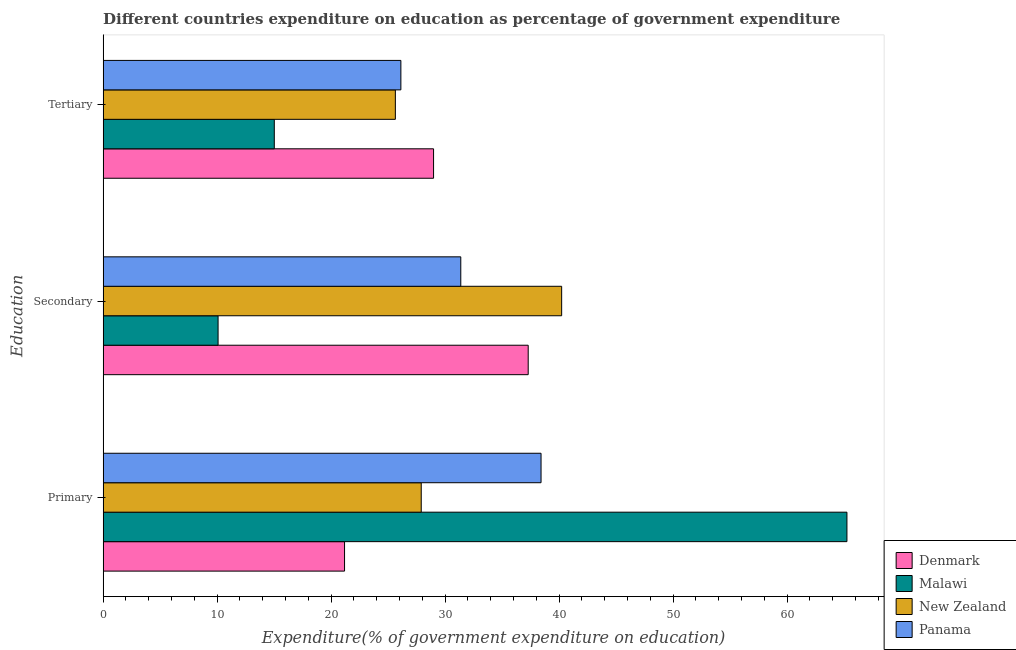
| Education | Denmark | Malawi | New Zealand | Panama |
 | --- | --- | --- | --- | --- |
 | Primary | 21.2 | 65.3 | 27.9 | 38.4 |
 | Secondary | 37.3 | 10.1 | 40.2 | 31.4 |
 | Tertiary | 29 | 15 | 25.6 | 26.1 |